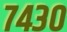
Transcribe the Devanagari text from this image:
७४३०